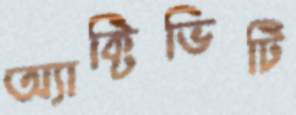
অ্যাক্টিভিটি